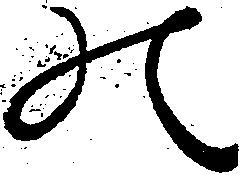
の